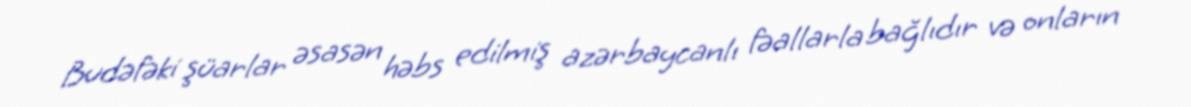
Budəfəki şüarlar əsasən həbs edilmiş azərbaycanlı fəallarla bağlıdır və onların